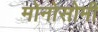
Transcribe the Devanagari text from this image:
मोनोसोमी